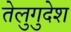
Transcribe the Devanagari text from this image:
तेलुगुदेश